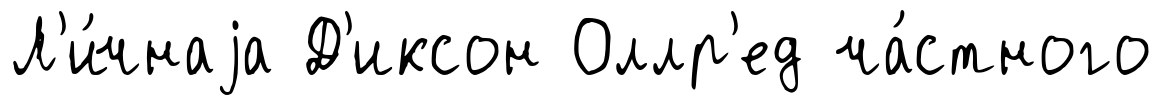
Л'и́чнаjа Д'иксон Оллр'ед ча́стного